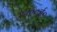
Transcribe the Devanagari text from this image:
२०००ई०